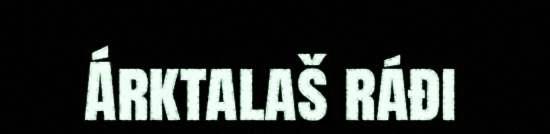
Árktalaš ráđi